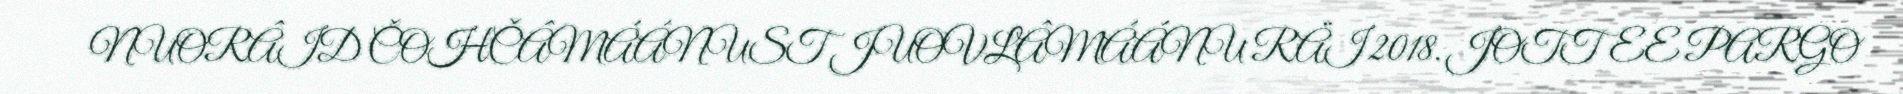
NUORÂID ČOHČÂMÁÁNUST JUOVLÂMÁÁNU RÄI 2018. JOTTEE PARGO